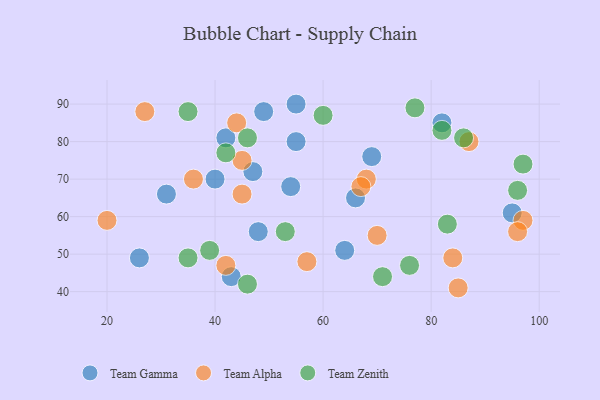
{"axis": {"x": "GDP", "y": "Life Expectancy"}, "legend": ["Team Alpha", "Team Gamma", "Team Zenith"], "data": [{"x": "95", "y": 61, "type": "Team Gamma"}, {"x": "49", "y": 88, "type": "Team Gamma"}, {"x": "55", "y": 80, "type": "Team Gamma"}, {"x": "82", "y": 85, "type": "Team Gamma"}, {"x": "40", "y": 70, "type": "Team Gamma"}, {"x": "43", "y": 44, "type": "Team Gamma"}, {"x": "31", "y": 66, "type": "Team Gamma"}, {"x": "42", "y": 81, "type": "Team Gamma"}, {"x": "66", "y": 65, "type": "Team Gamma"}, {"x": "55", "y": 90, "type": "Team Gamma"}, {"x": "47", "y": 72, "type": "Team Gamma"}, {"x": "48", "y": 56, "type": "Team Gamma"}, {"x": "54", "y": 68, "type": "Team Gamma"}, {"x": "64", "y": 51, "type": "Team Gamma"}, {"x": "26", "y": 49, "type": "Team Gamma"}, {"x": "69", "y": 76, "type": "Team Gamma"}, {"x": "87", "y": 80, "type": "Team Alpha"}, {"x": "27", "y": 88, "type": "Team Alpha"}, {"x": "85", "y": 41, "type": "Team Alpha"}, {"x": "70", "y": 55, "type": "Team Alpha"}, {"x": "97", "y": 59, "type": "Team Alpha"}, {"x": "20", "y": 59, "type": "Team Alpha"}, {"x": "84", "y": 49, "type": "Team Alpha"}, {"x": "45", "y": 66, "type": "Team Alpha"}, {"x": "45", "y": 75, "type": "Team Alpha"}, {"x": "68", "y": 70, "type": "Team Alpha"}, {"x": "67", "y": 68, "type": "Team Alpha"}, {"x": "36", "y": 70, "type": "Team Alpha"}, {"x": "42", "y": 47, "type": "Team Alpha"}, {"x": "96", "y": 56, "type": "Team Alpha"}, {"x": "57", "y": 48, "type": "Team Alpha"}, {"x": "44", "y": 85, "type": "Team Alpha"}, {"x": "83", "y": 58, "type": "Team Zenith"}, {"x": "46", "y": 42, "type": "Team Zenith"}, {"x": "39", "y": 51, "type": "Team Zenith"}, {"x": "35", "y": 49, "type": "Team Zenith"}, {"x": "77", "y": 89, "type": "Team Zenith"}, {"x": "46", "y": 81, "type": "Team Zenith"}, {"x": "82", "y": 83, "type": "Team Zenith"}, {"x": "42", "y": 77, "type": "Team Zenith"}, {"x": "60", "y": 87, "type": "Team Zenith"}, {"x": "76", "y": 47, "type": "Team Zenith"}, {"x": "71", "y": 44, "type": "Team Zenith"}, {"x": "35", "y": 88, "type": "Team Zenith"}, {"x": "96", "y": 67, "type": "Team Zenith"}, {"x": "53", "y": 56, "type": "Team Zenith"}, {"x": "86", "y": 81, "type": "Team Zenith"}, {"x": "97", "y": 74, "type": "Team Zenith"}]}